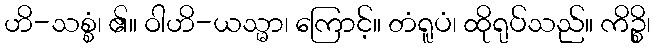
ဟိ-သစ္စံ၊ ၏။ ဝါဟိ-ယသ္မာ၊ ကြောင့်။ တံရူပံ၊ ထိုရုပ်သည်။ ကိဉ္စိ၊